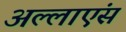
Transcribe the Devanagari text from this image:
अल्लाएंस